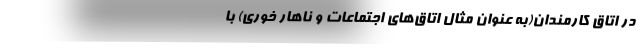
در اتاق کارمندان(به عنوان مثال اتاق‌های اجتماعات و ناهار خوری) با